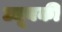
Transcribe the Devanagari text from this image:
ट्यूबकी